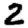
Digit: 2